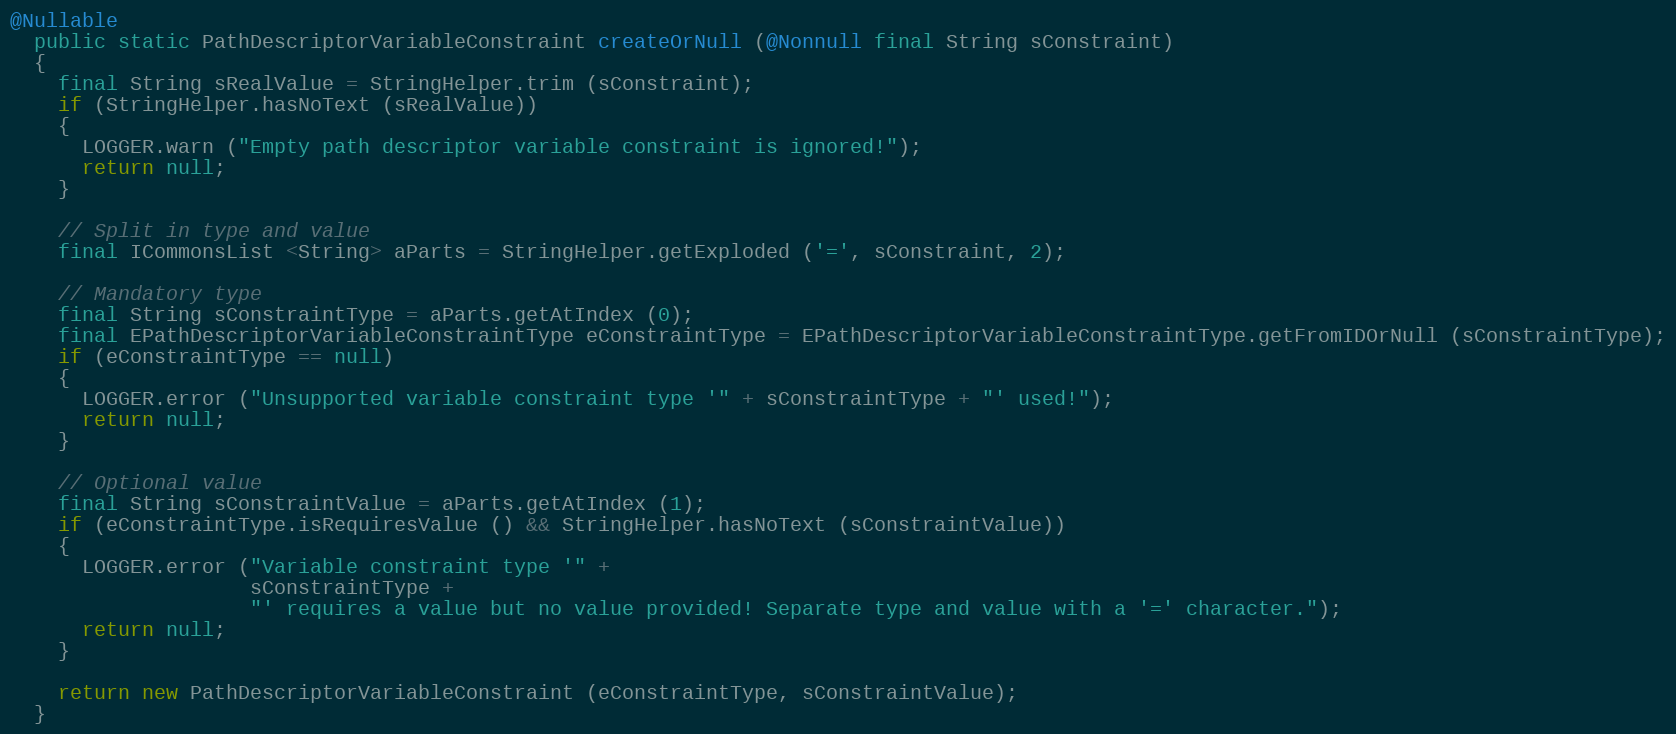
Language: Java
@Nullable
  public static PathDescriptorVariableConstraint createOrNull (@Nonnull final String sConstraint)
  {
    final String sRealValue = StringHelper.trim (sConstraint);
    if (StringHelper.hasNoText (sRealValue))
    {
      LOGGER.warn ("Empty path descriptor variable constraint is ignored!");
      return null;
    }

    // Split in type and value
    final ICommonsList <String> aParts = StringHelper.getExploded ('=', sConstraint, 2);

    // Mandatory type
    final String sConstraintType = aParts.getAtIndex (0);
    final EPathDescriptorVariableConstraintType eConstraintType = EPathDescriptorVariableConstraintType.getFromIDOrNull (sConstraintType);
    if (eConstraintType == null)
    {
      LOGGER.error ("Unsupported variable constraint type '" + sConstraintType + "' used!");
      return null;
    }

    // Optional value
    final String sConstraintValue = aParts.getAtIndex (1);
    if (eConstraintType.isRequiresValue () && StringHelper.hasNoText (sConstraintValue))
    {
      LOGGER.error ("Variable constraint type '" +
                    sConstraintType +
                    "' requires a value but no value provided! Separate type and value with a '=' character.");
      return null;
    }

    return new PathDescriptorVariableConstraint (eConstraintType, sConstraintValue);
  }